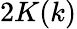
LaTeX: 2K(k)